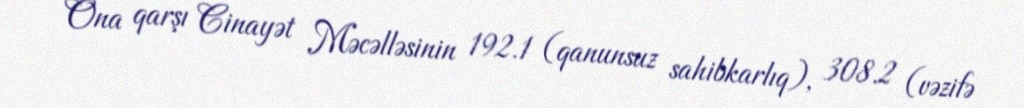
Ona qarşı Cinayət Məcəlləsinin 192.1 (qanunsuz sahibkarlıq), 308.2 (vəzifə